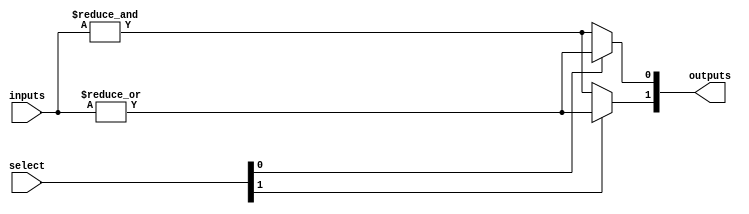
module CombinationalLogicBlock #(
    parameter NUM_INPUTS = 4,  // Number of inputs (2 to 6)
    parameter NUM_OUTPUTS = 2   // Number of outputs
)(
    input  wire [NUM_INPUTS-1:0]  inputs,  // Input signals
    input  wire [NUM_OUTPUTS-1:0] select,  // Select lines for multiplexing
    output wire [NUM_OUTPUTS-1:0] outputs   // Output signals
);

// Internal signals for logic operations
wire and_out;
wire or_out;
wire not_out;
wire xor_out;

// Example logic operations
assign and_out = &inputs;               // AND operation
assign or_out  = |inputs;               // OR operation
assign not_out = ~inputs[0];            // NOT operation on first input
assign xor_out = ^inputs;               // XOR operation

// Multiplexer to select output based on select lines
generate
    genvar i;
    for (i = 0; i < NUM_OUTPUTS; i = i + 1) begin : mux
        assign outputs[i] = (select[i] == 1'b0) ? and_out :
                            (select[i] == 1'b1) ? or_out :
                            (select[i] == 2'b10) ? not_out :
                            (select[i] == 2'b11) ? xor_out : 1'b0;
    end
endgenerate

endmodule